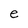
Character: e